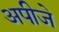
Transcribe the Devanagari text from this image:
अपीजे